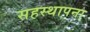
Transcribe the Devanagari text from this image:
सहस्थापना